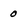
Character: 0